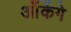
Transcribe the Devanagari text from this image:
आँकेंगे